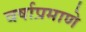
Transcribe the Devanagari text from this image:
वर्षाप्रमाणे